画像に写った文字を読んでください
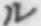
「ル」と書いてあります